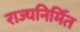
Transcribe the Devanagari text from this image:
राज्यनिर्मित